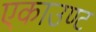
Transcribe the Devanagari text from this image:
एकाउण्ट